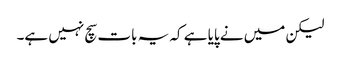
لیکن میں نے پایا ہے کہ یہ بات سچ نہیں ہے۔